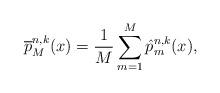
LaTeX: \begin{align*}\overline{p}_{M}^{n,k}(x)=\frac{1}{M}\sum_{m=1}^{M}\hat{p}_{m}^{n,k}(x),\end{align*}